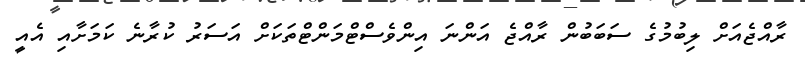
ރާއްޖެއަށް ލިބުމުގެ ސަބަބުން ރާއްޖެ އަންނަ އިންވެސްޓްމަންޓްތަކަށް އަސަރު ކުރާނެ ކަމަށާއި އެއީ